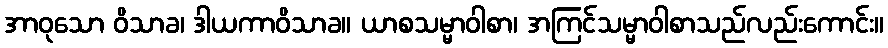
အာဝုသော ဝိသာခ၊ ဒါယကာဝိသာခ။ ယာစသမ္မာဝါစာ၊ အကြင်သမ္မာဝါစာသည်လည်းကောင်း။